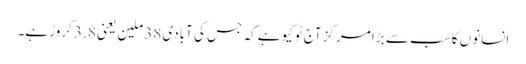
انسانوں کا سب سے بڑا مرکز آج ٹوکیو ہے کہ جس کی آبادی 38 ملین یعنی 3.8 کروڑ ہے۔